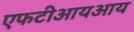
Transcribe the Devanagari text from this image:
एफटीआयआय